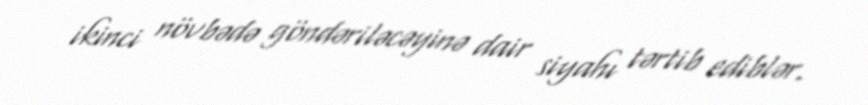
ikinci növbədə göndəriləcəyinə dair siyahı tərtib ediblər.